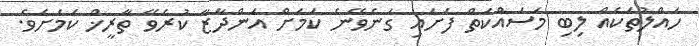
ހައްލުތަކެއް ލިބި މަސައްކަތް ފަށައި ގަނެވޭނެ ކަމަށް އަންދާޒާ ކުރެވޭ ތާރީޚް ކަމަށެވެ.